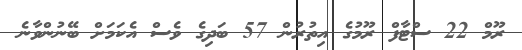
ރޫމް 22 ސްޓާފް ރޫމުގެ އިތުރުން 57 ބަދިގެ ވެސް އެކަމަށް ބޭނުންވާނެ